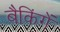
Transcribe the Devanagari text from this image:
बैकिंगें